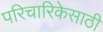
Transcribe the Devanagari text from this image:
परिचारिकेसाठी